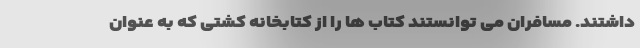
داشتند. مسافران می توانستند کتاب ها را از کتابخانه کشتی که به عنوان